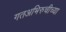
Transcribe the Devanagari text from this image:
गतअभिरुचीच्या